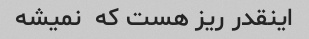
اینقدر ریز هست که  نمیشه